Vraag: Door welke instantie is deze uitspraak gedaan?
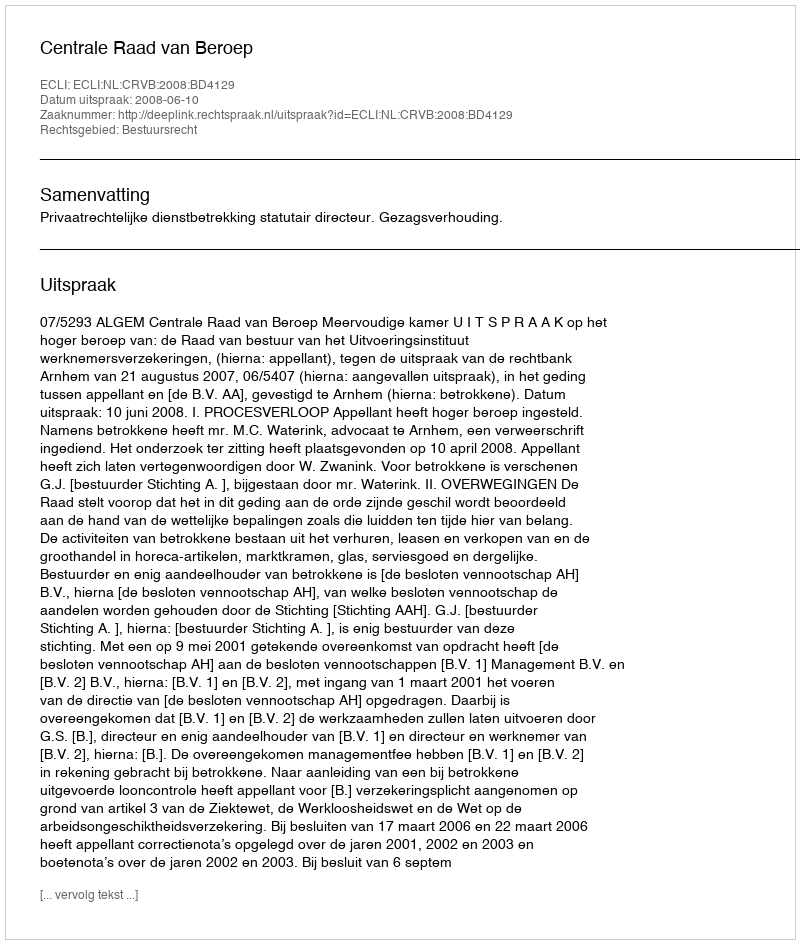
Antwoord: Centrale Raad van Beroep